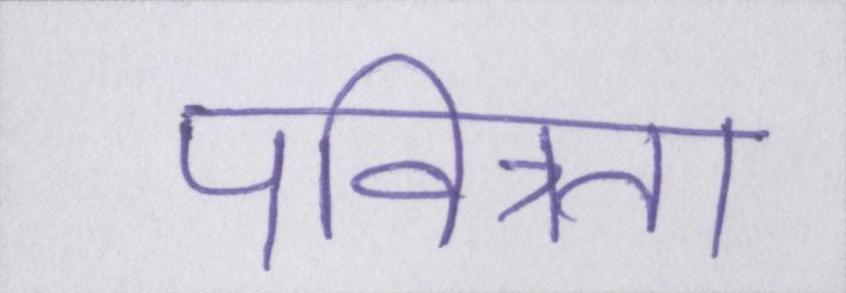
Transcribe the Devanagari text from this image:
पवित्रता